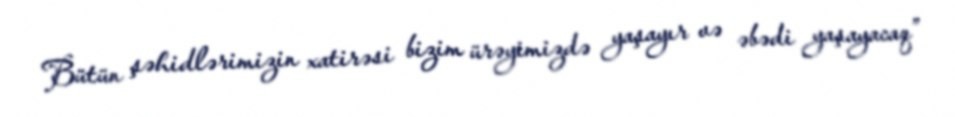
Bütün şəhidlərimizin xatirəsi bizim ürəyimizdə yaşayır və əbədi yaşayacaq”